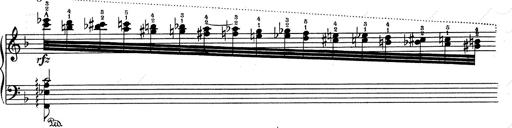
Title: RÃ©miniscences de Don Juan
Composer: Franz Liszt